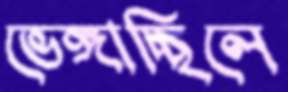
ভেঙ্গাচ্ছিলে